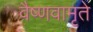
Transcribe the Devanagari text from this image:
वैष्णवामृते